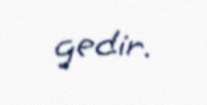
gedir.